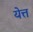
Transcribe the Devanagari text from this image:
येत्त